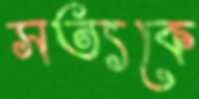
সত্যকে